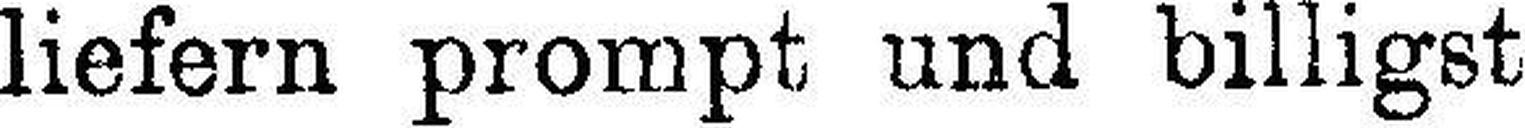
liefern prompt und billigst